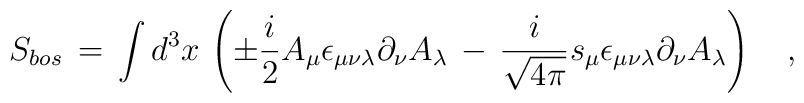
S_{bos} \,=\, \int d^3 x \, \left( \pm \frac{i}{2}A_{\mu} \epsilon_{\mu \nu \lambda} \partial_{\nu} A_\lambda\,-\, \frac{i}{\sqrt{4 \pi}} s_{\mu} \epsilon_{\mu \nu \lambda}\partial_{\nu} A_{\lambda} \right) ~~~,